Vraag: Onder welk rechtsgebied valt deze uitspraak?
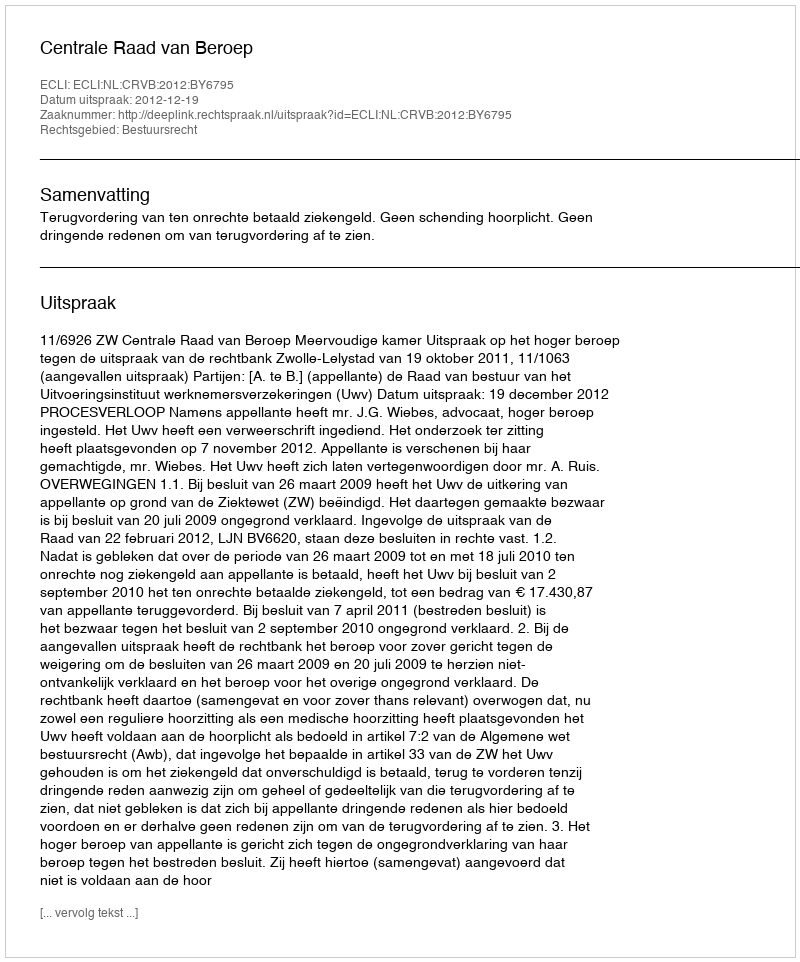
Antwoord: Bestuursrecht